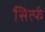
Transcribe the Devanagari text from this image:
सिर्त्फ